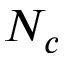
N _ { c }